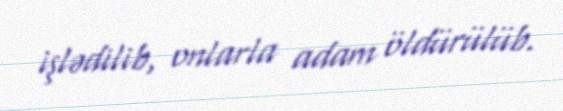
işlədilib, onlarla adam öldürülüb.